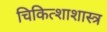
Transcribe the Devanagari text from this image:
चिकित्शाशास्त्र